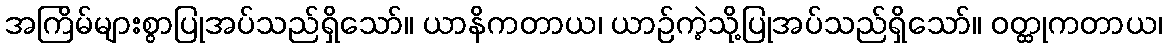
အကြိမ်များစွာပြုအပ်သည်ရှိသော်။ ယာနိကတာယ၊ ယာဉ်ကဲ့သို့ပြုအပ်သည်ရှိသော်။ ဝတ္ထုကတာယ၊